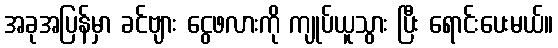
အခုအပြန်မှာ ခင်ဗျား ငွေဖလားကို ကျုပ်ယူသွား ပြီး ရောင်းပေးမယ်။